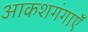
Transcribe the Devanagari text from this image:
आकशगंगाएँ